kultuurilooline_kollektsioon, lk 67
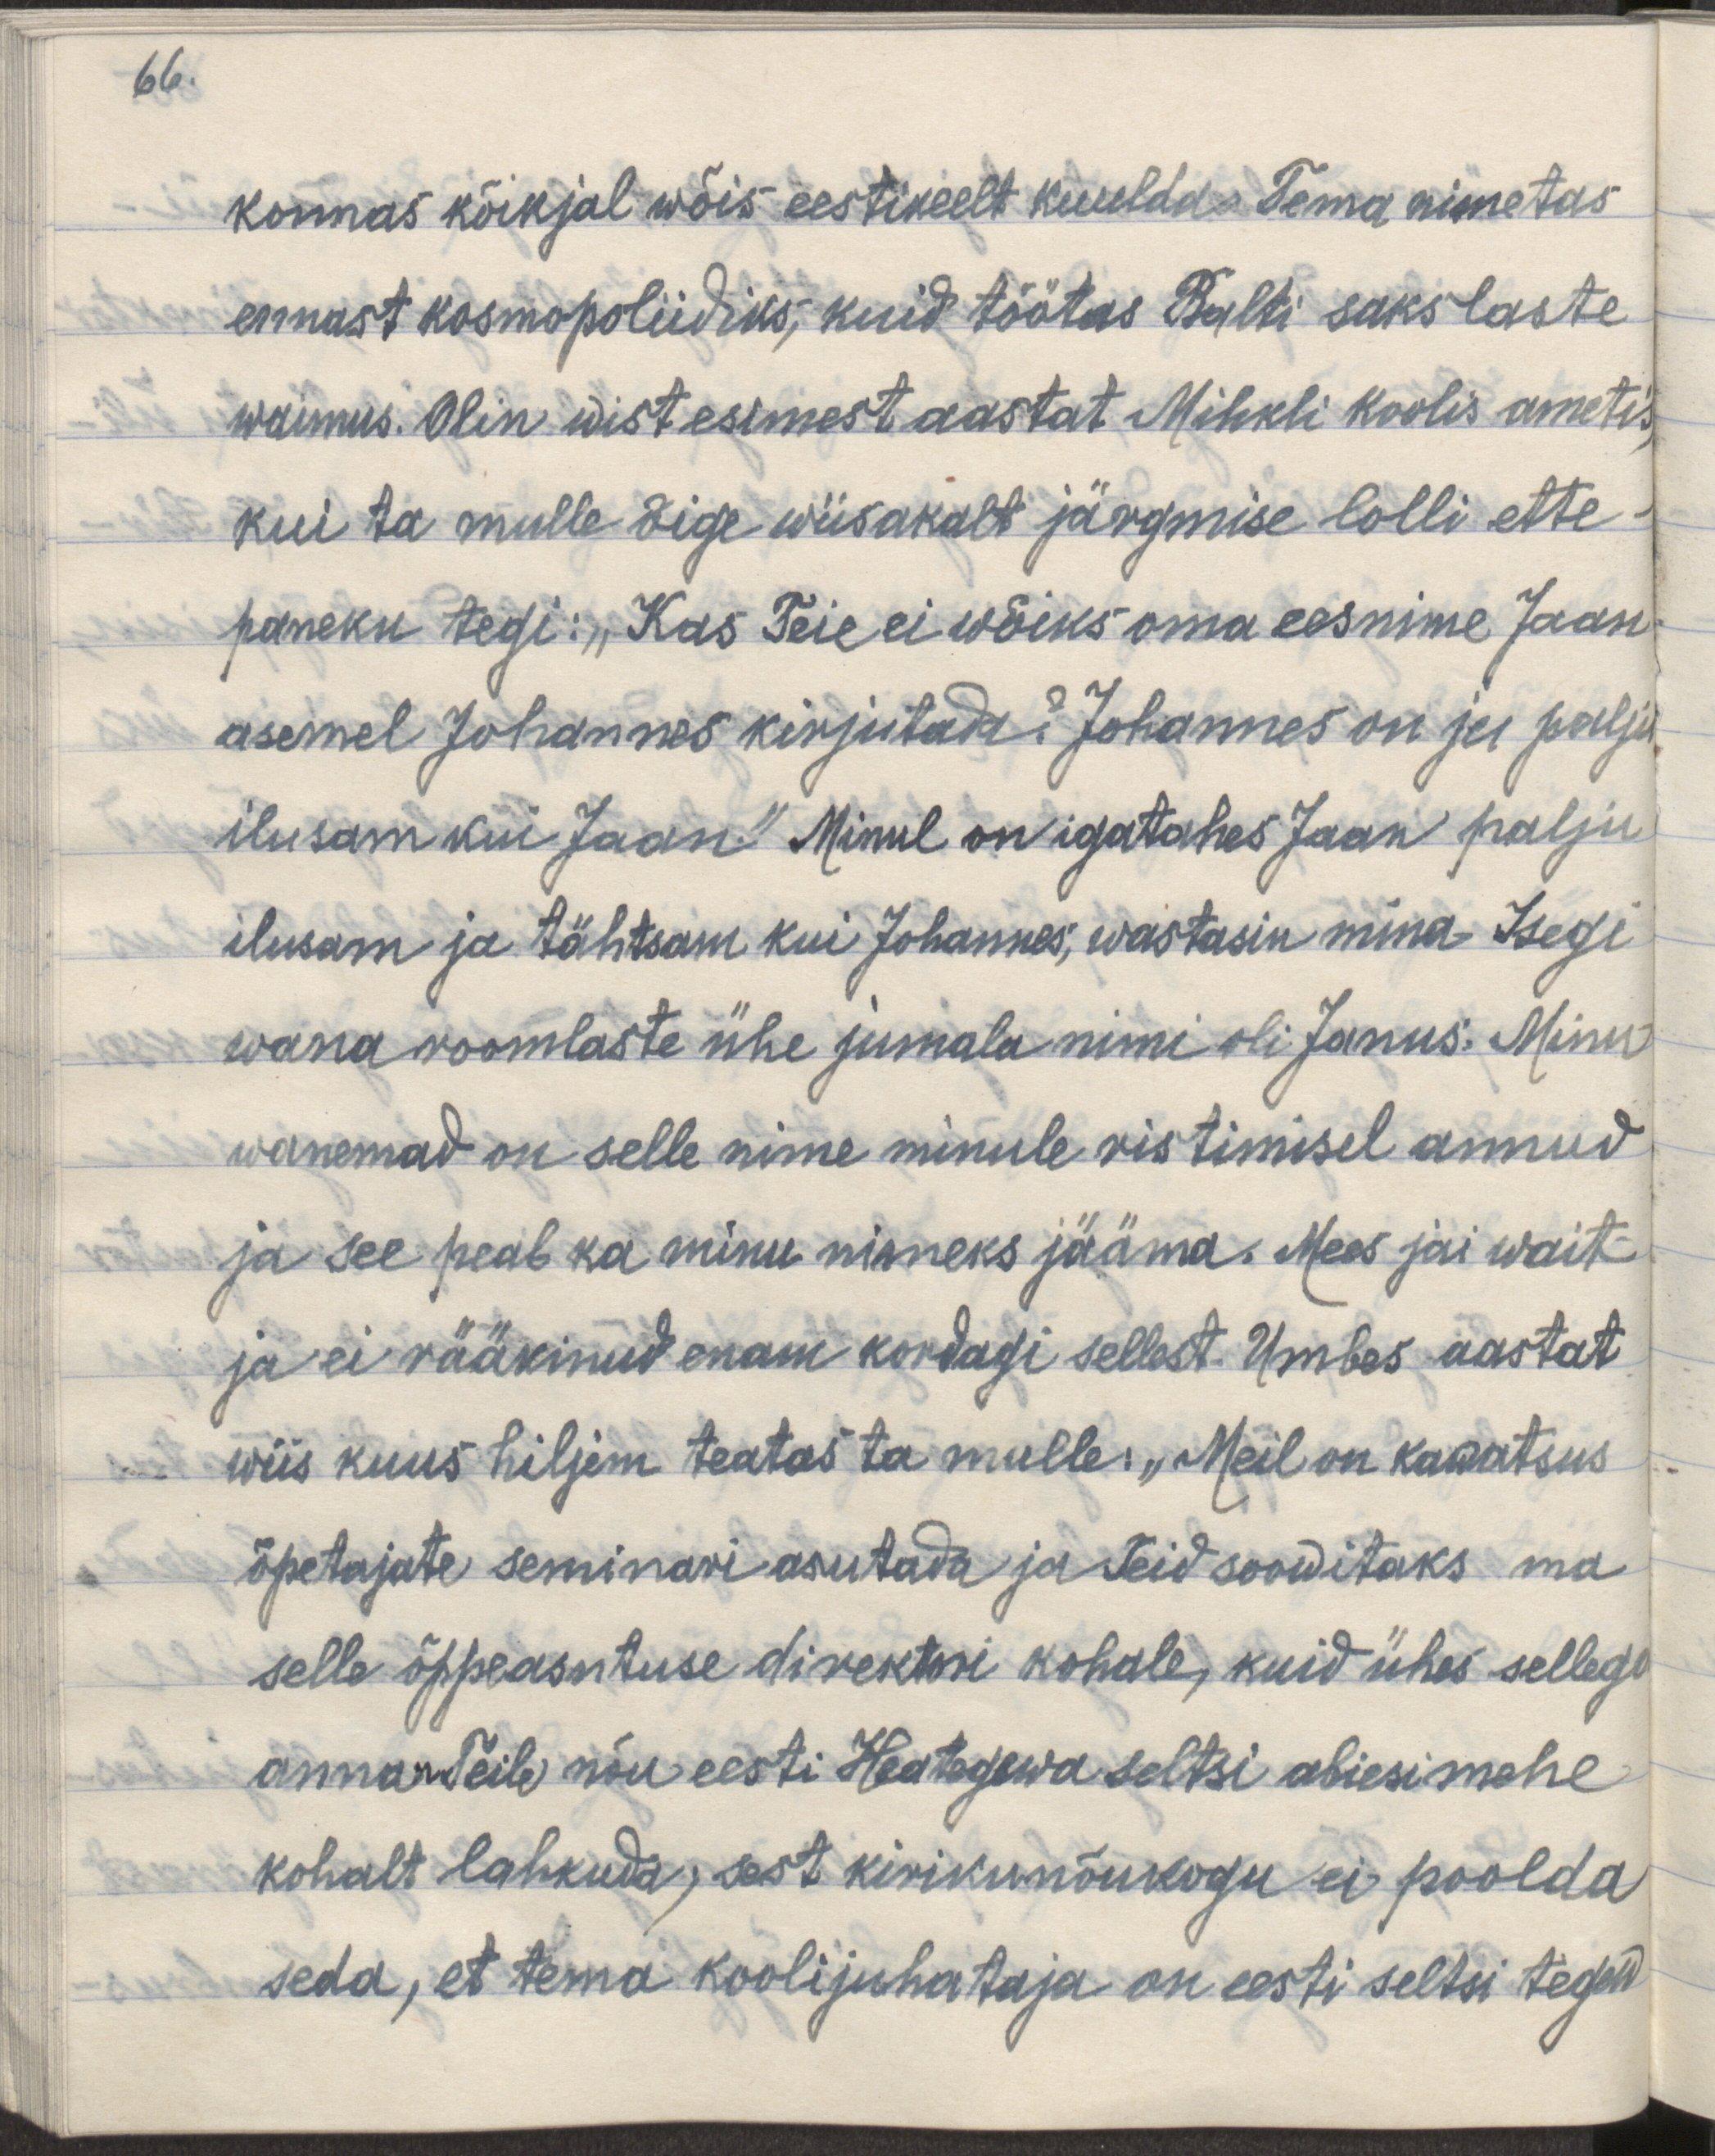
66.

konnas kõikjal wõis eestikeelt kuulda. Tema nimetas
ennast kosmopoliidiks, kuid töötas Balti sakslaste
waimus. Olin wist esimest aastat Mihkli koolis ametis,
kui ta mulle õige wiisakalt järgmise lolli ette-
paneku tegi: "Kas Teie ei wõiks oma eesnime Jaan
asemel Johannes kirjutada? Johannes on ju palju
ilusam kui Jaan". Minul on igatahes Jaan palju
ilusam ja tähtsam kui Johannes; wastasin mina. Isegi
wanaroomlaste ühe jumala nimi oli Jaanus. Minu
wanemad on selle nime minule ristimisel annud
ja see peab ka minu nimeks jääma. Mees jäi wait
ja ei rääkinud enam kordagi sellest. Umbes aastat
wiis kuus hiljem teatas ta mulle: "Meil on kawatsus
õpetajate seminari asutada ja Teid soowitaks ma
selle õppeasutuse direktori kohale, kuid ühes sellega
annan teile nõu eesti Heategewa seltsi abiesimehe
kohalt lahkuda, sest kirikunõukogu ei poolda
seda, et tema koolijuhataja on eesti seltsi tegew